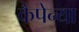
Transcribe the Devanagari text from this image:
कैपेन्या